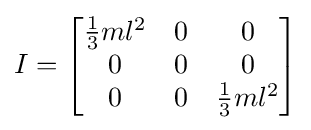
I={\begin{bmatrix}{\frac {1}{3}}ml^{2}&0&0\\0&0&0\\0&0&{\frac {1}{3}}ml^{2}\end{bmatrix}}